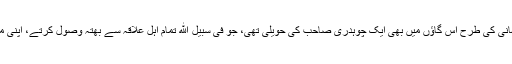
ہر کلاسیکل کہانی کی طرح اس گاؤں میں بھی ایک چوہدری صاحب کی حویلی تھی، جو فی سبیل الله تمام اہلِ علاقہ سے بھتہ وصول کرتے، اپنی من مانی کرتے۔